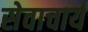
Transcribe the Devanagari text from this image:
सेवाचार्य